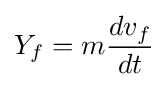
Y_{f}=m{\frac {dv_{f}}{dt}}